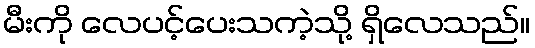
မီးကို လေပင့်ပေးသကဲ့သို့ ရှိလေသည်။